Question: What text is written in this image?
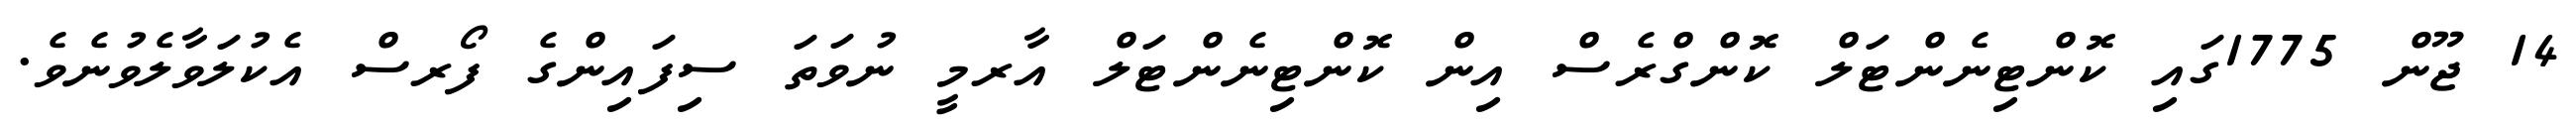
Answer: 14 ޖޫން 1775ގައި ކޮންޓިނެންޓަލް ކޮންގްރެސް އިން ކޮންޓިނެންޓަލް އާރމީ ނުވަތަ ސިފައިންގެ ފޯރސް އެކުލަވާލެވުނެވެ.